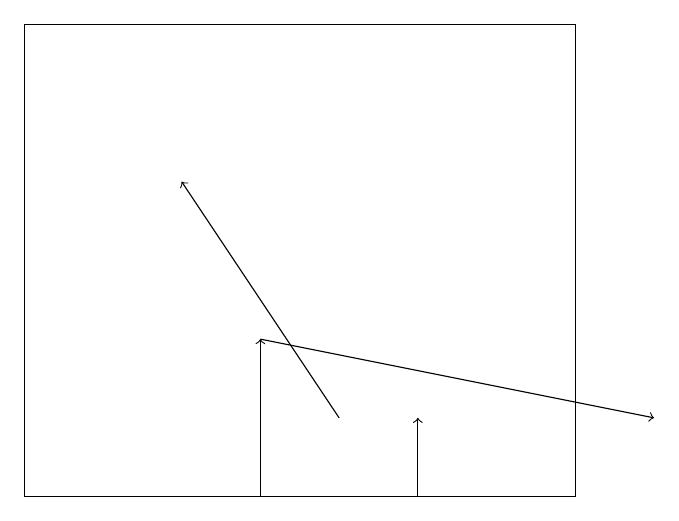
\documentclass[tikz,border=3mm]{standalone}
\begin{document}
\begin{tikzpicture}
\draw[->] (4,13) -- (2,16);
\draw[->] (5,12) -- (5,13);
\draw[->] (3,12) -- (3,14);
\draw (0,18) rectangle (7,12);
\draw[->] (3,14) -- (8,13);
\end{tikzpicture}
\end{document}